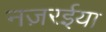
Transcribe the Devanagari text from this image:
नज़रईया